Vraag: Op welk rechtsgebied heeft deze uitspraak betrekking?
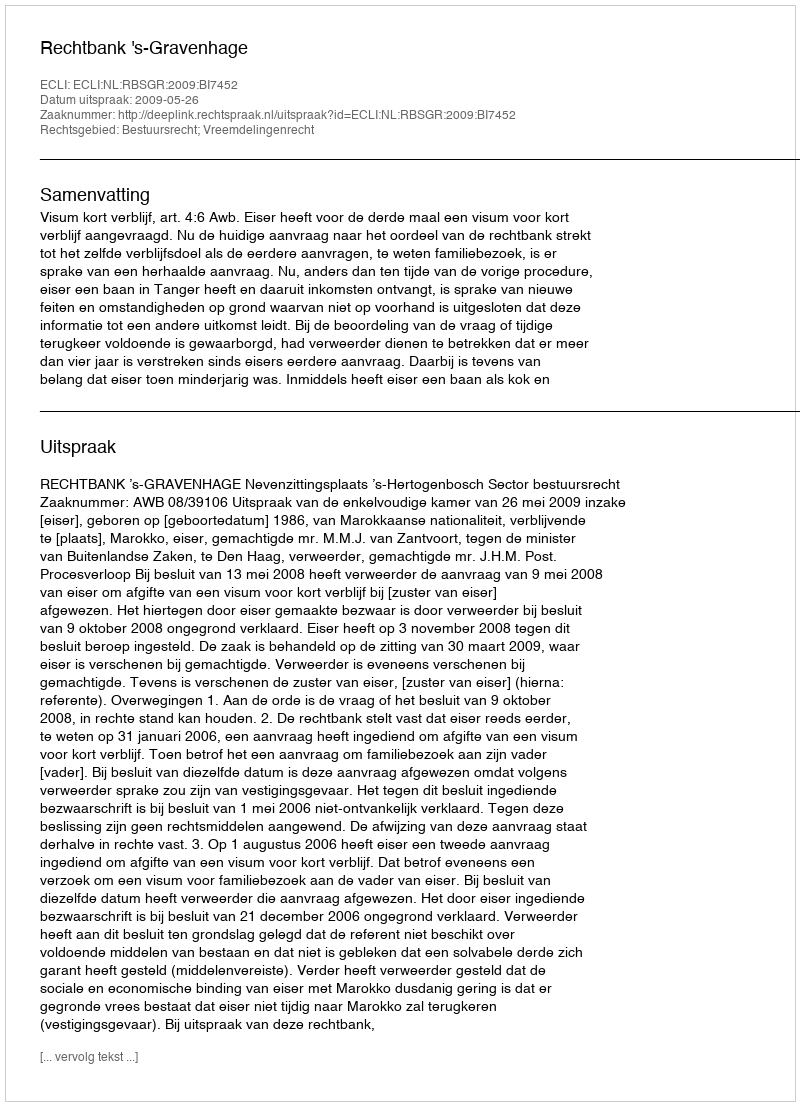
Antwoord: Bestuursrecht; Vreemdelingenrecht